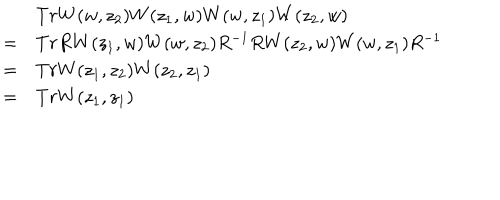
\begin{array} { r l } { { } } & { { T r W ( w , z _ { 2 } ) W ( z _ { 1 } , w ) W ( w , z _ { 1 } ) W ( z _ { 2 } , w ) } } \\ { { = } } & { { T r R W ( z _ { 1 } , w ) W ( w , z _ { 2 } ) R ^ { - 1 } R W ( z _ { 2 } , w ) W ( w , z _ { 1 } ) R ^ { - 1 } } } \\ { { = } } & { { T r W ( z _ { 1 } , z _ { 2 } ) W ( z _ { 2 } , z _ { 1 } ) } } \\ { { = } } & { { T r W ( z _ { 1 } , z _ { 1 } ) } } \\ \end{array}